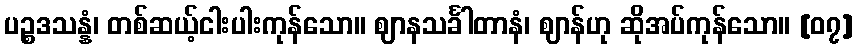
ပဉ္စဒသန္နံ၊ တစ်ဆယ့်ငါးပါးကုန်သော။ ဈာနသင်္ခါတာနံ၊ ဈာန်ဟု ဆိုအပ်ကုန်သော။ [၀၇]